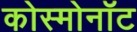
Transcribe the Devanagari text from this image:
कोस्मोनॉट